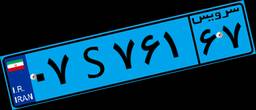
۰۷S۷۶۱۶۷